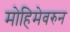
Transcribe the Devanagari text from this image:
मोहिमेवरुन